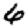
Digit: 6